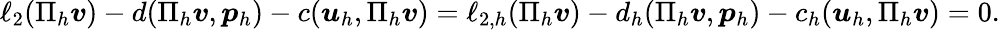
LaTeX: \begin{array}{r}{\ell_{2}(\Pi_{h}\boldsymbol{v})-d(\Pi_{h}\boldsymbol{v},\boldsymbol{p}_{h})-c(\boldsymbol{u}_{h},\Pi_{h}\boldsymbol{v})=\ell_{2,h}(\Pi_{h}\boldsymbol{v})-d_{h}(\Pi_{h}\boldsymbol{v},\boldsymbol{p}_{h})-c_{h}(\boldsymbol{u}_{h},\Pi_{h}\boldsymbol{v})=0.}\end{array}